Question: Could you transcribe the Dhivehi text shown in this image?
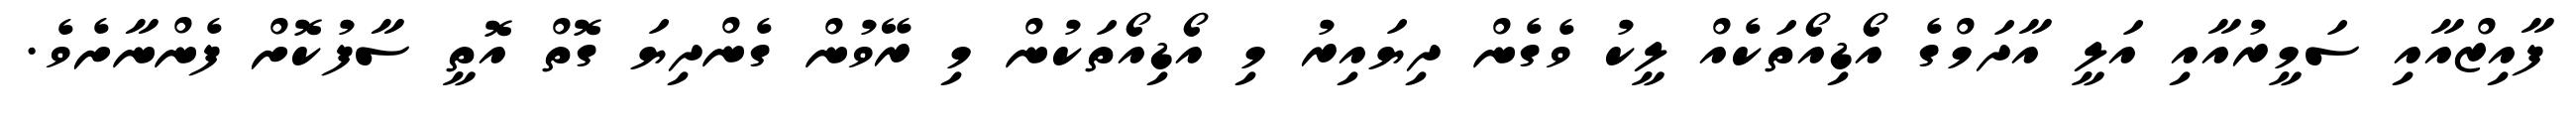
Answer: ފާއިޒްއާއި ސަމީރުއާއި އަލީ އާދަމްގެ އޯޑިއޯތަކެއް ލީކު ވެގެން ދިޔައިރު މި އޯޑިއޯތަކުން މި ރޭވުން ގެންދިޔަ ގޮތް އޮތީ ސާފުކޮށް ފެންނާށެވެ.